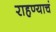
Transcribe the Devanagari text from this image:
राहण्याचं